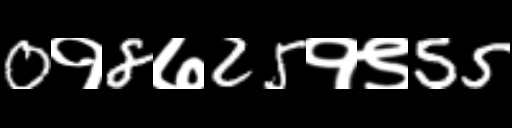
Text: 0१8७25१९55